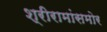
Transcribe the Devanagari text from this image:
श्रीरामांसमोर